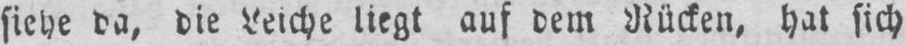
siehe da, die Leiche liegt auf dem Rücken, hat sich